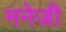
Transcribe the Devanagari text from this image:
मनेजी